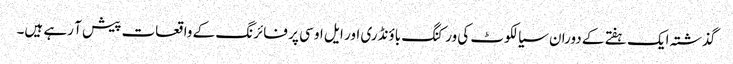
گذشتہ ایک ہفتے کے دوران سیالکوٹ کی ورکنگ باؤنڈری اور ایل او سی پر فائرنگ کے واقعات پیش آ رہے ہیں۔